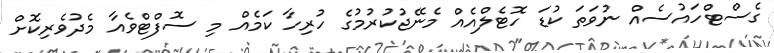
ގެސްޓްހައުސެއް ނުވަތަ ކުޑަ ހޮޓެލްއެއް މެނޭޖުކުރުމުގެ ހުރިހާ ކަމެއް މި ސޮފްޓްވެއާ މެދުވެރިކޮށް